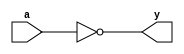
module not_gate_behavioral (
       input wire a,
       output wire y
   );
       assign y = !a; // Using logical NOT (!)
endmodule